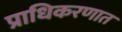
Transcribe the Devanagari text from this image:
प्राधिकरणात